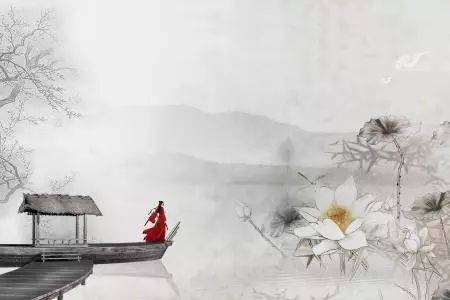
怅然孤啸，青山故国，乔木苍苔。